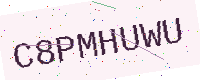
Text: C8PMHUWU